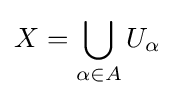
X=\bigcup _{\alpha \in A}U_{\alpha }